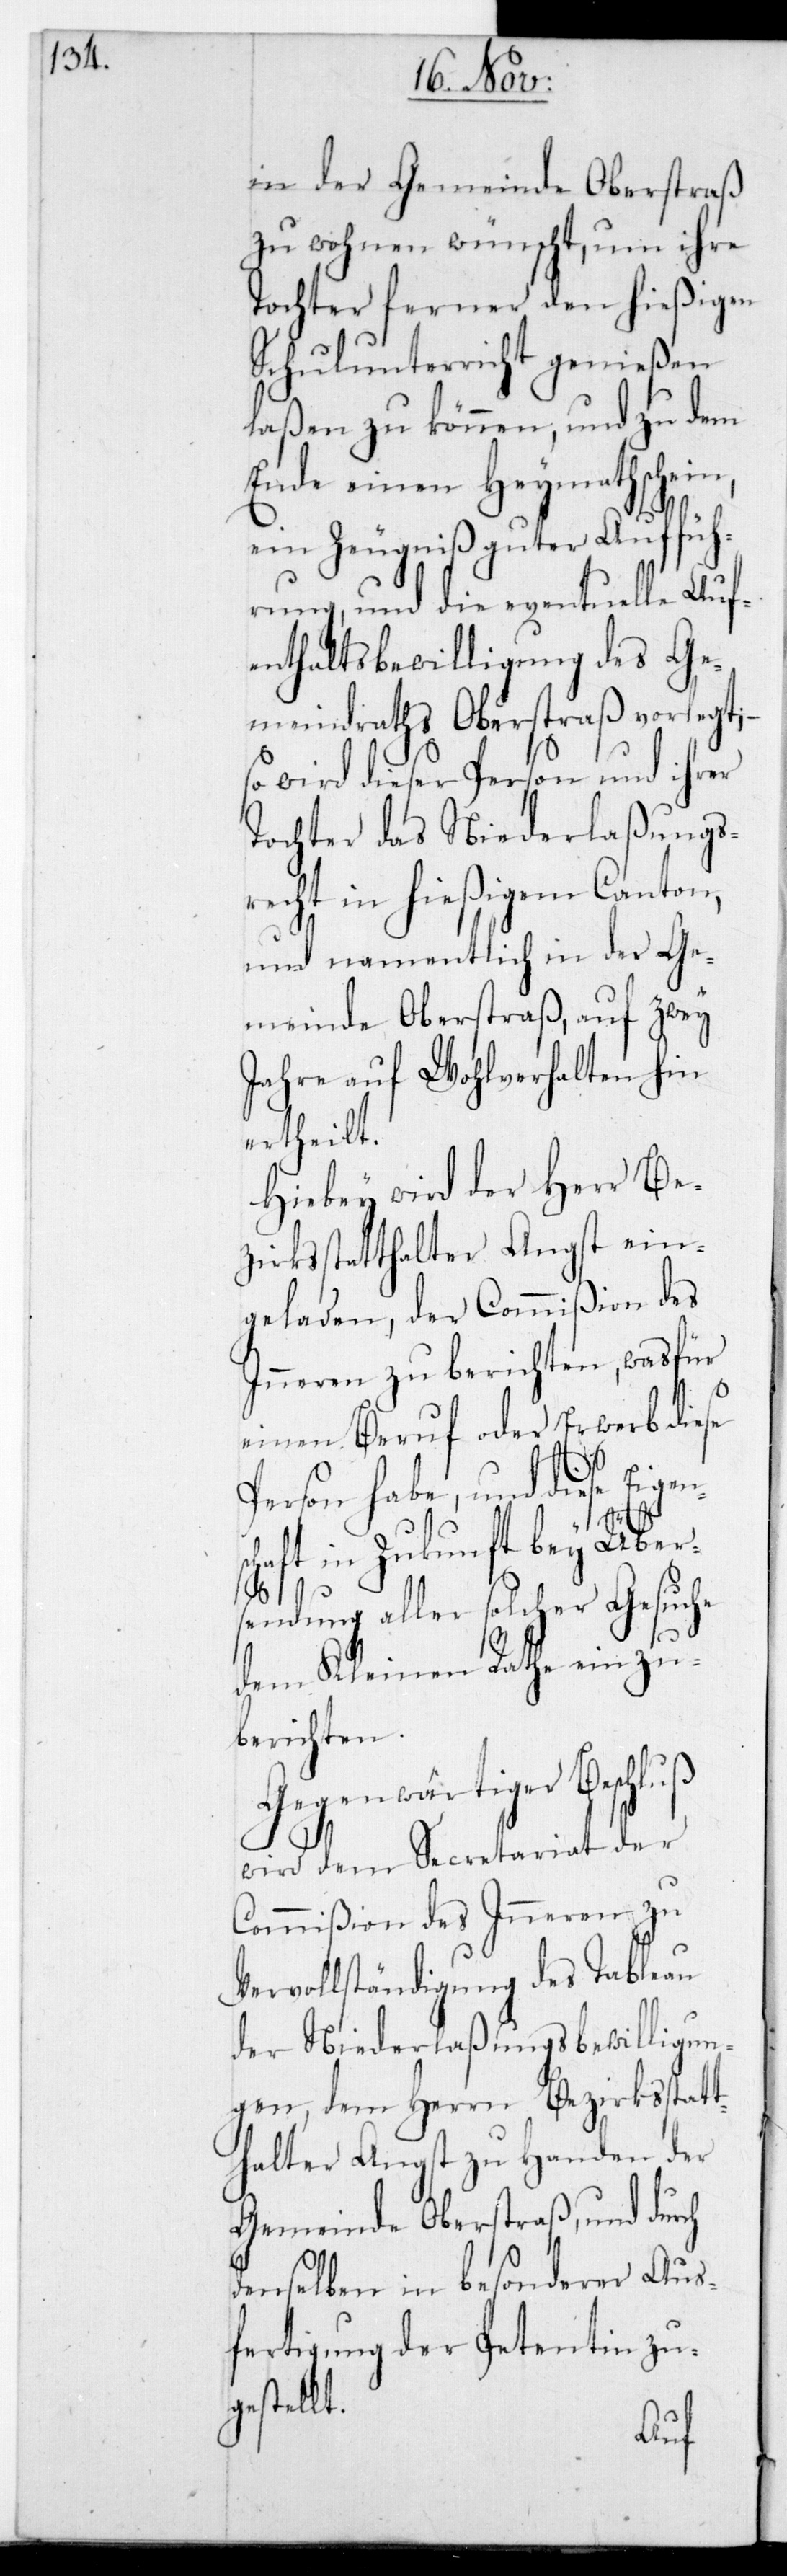
in der Gemeinde Oberstraß
zu wohnen wünscht, um ihre
Tochter ferner den hießigen
Schulunterricht genießen
laßen zu können, und zu dem
Ende einen Heymathschein,
ein Zeugniß guter Auffüh¬
rung und die eventuelle Auf¬
enthaltsbewilligung des Ge¬
meindraths Oberstraß vorlegt;
so wird dieser Person und ihrer
Tochter das Niederlaßungs¬
recht in hießigem Canton,
und namentlich in der Ge¬
meinde Oberstraß auf zwey
Jahre auf Wohlverhalten hin
ertheilt.
Hiebey wird der Herr Be¬
zirksstatthalter Angst ein¬
geladen, der Commißion des
Inneren zu berichten, was für
einen Beruf oder Erwerb diese
Person habe, und diese Eigen¬
sch¬
aft in Zukunft bey Übe¬
rsendung aller solcher Gesuche
dem Kleinen Rathe einzu¬
berichten.
Gegenwärtiger Beschluß
wird dem Secretariat der
Commißion des Inneren zu
Vervollständigung des Tableau
der Niederlaßungsbewilligun¬
gen, dem Herrn Bezirksstatt¬
halter Angst zu Handen der
Gemeinde Oberstraß, und durch
denselben in besonderer Aus¬
fertigung der Petentin zu¬
gestellt.